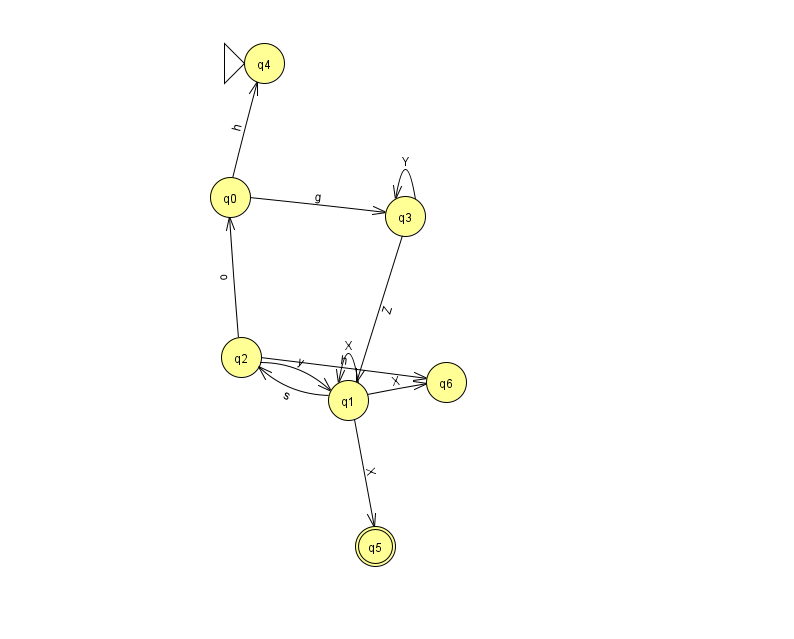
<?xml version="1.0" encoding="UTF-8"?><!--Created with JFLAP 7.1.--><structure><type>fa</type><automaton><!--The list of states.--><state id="0" name="q0"><x>230.0</x><y>184.0</y></state><state id="1" name="q1"><x>348.0</x><y>387.0</y></state><state id="2" name="q2"><x>241.0</x><y>344.0</y></state><state id="3" name="q3"><x>405.0</x><y>203.0</y></state><state id="4" name="q4"><x>264.0</x><y>50.0</y><initial/></state><state id="5" name="q5"><x>375.0</x><y>533.0</y><final/></state><state id="6" name="q6"><x>446.0</x><y>369.0</y></state><!--The list of transitions.--><transition><from>0</from><to>3</to><read>g</read></transition><transition><from>1</from><to>2</to><read>s</read></transition><transition><from>0</from><to>4</to><read>h</read></transition><transition><from>1</from><to>1</to><read>X</read></transition><transition><from>2</from><to>0</to><read>o</read></transition><transition><from>2</from><to>6</to><read>h</read></transition><transition><from>1</from><to>5</to><read>X</read></transition><transition><from>3</from><to>3</to><read>Y</read></transition><transition><from>3</from><to>1</to><read>Z</read></transition><transition><from>1</from><to>6</to><read>X</read></transition><transition><from>2</from><to>1</to><read>y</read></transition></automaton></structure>